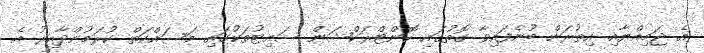
އެ ޖަމިއްޔާއި އިތުރަށް ބުނެފައިވާ ގޮތުގައި ކޮންޓްރަކްޝަން ސައިޓުތަކުގައި މަސައްކަތް ކުރަމުންދާއިރު އެ